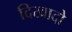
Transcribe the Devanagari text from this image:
दिखादो